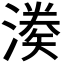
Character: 𭲌